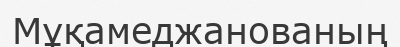
Мұқамеджанованың